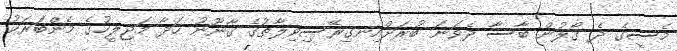
މެސީގެ ދެ ގޯލުން ބާސާ ދެވަނަ ބުރަށްއިނގިރޭސިވިލާތުގެ ޤާނޫނު ހަދާ މަޖިލީހުގެ މެންބަރަކު